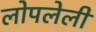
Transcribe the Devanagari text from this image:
लोपलेली